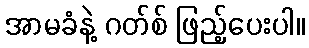
အာမခံနဲ့ ဂတ်စ် ဖြည့်ပေးပါ။